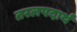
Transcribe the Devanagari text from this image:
तरलपदार्थ